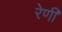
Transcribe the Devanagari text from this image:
रेणी